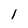
Character: 1